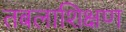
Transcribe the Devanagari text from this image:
तबलाशिक्षण